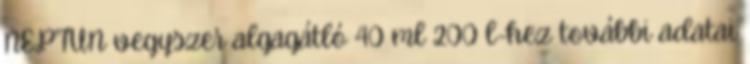
NEPTUN vegyszer algagátló 40 ml 200 l-hez további adatai